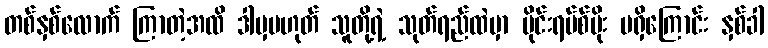
တစ်နှစ်လောက် ကြာတဲ့အထိ ဒါမှမဟုတ် သူတို့ရဲ့ သုတ်ရည်ထဲမှာ ဗိုင်းရပ်စ်ပိုး မရှိကြောင်း နှစ်ခါ